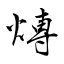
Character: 煿